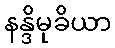
နန္ဒိမုခိယာ